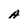
Character: A